Tezpur Lunatic Asylum reports 1895-1904 - 1895-1904
Year: 1895
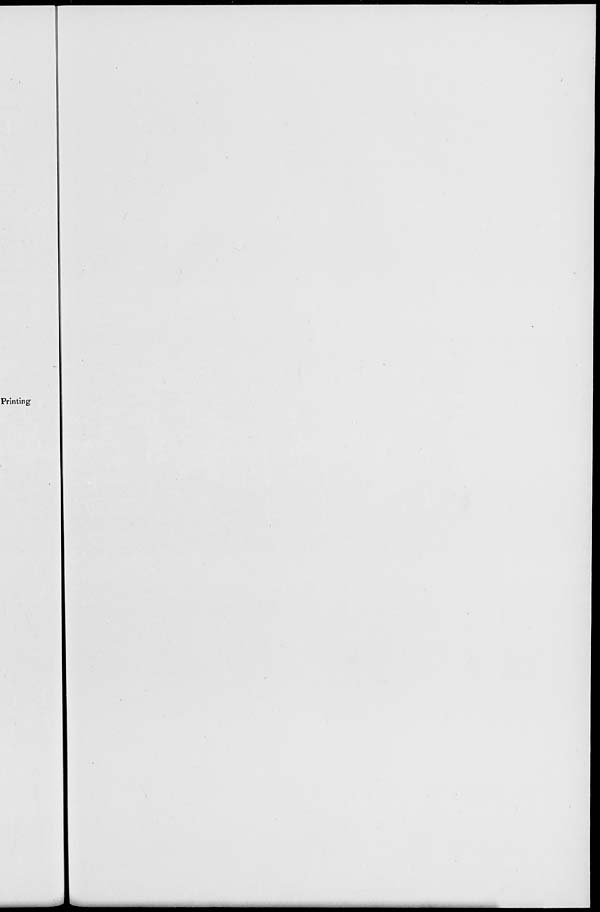
Printing